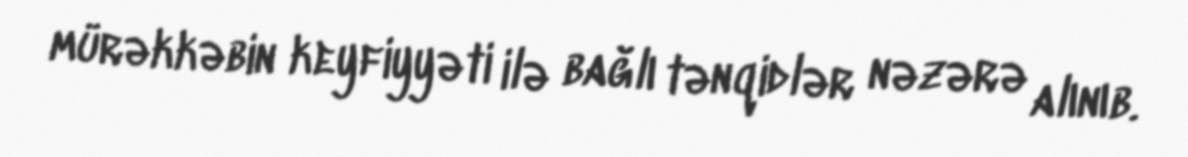
mürəkkəbin keyfiyyəti ilə bağlı tənqidlər nəzərə alınıb.